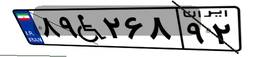
۳۷W۵۷۲۸۰